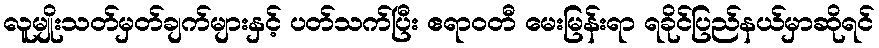
လူမျိုးသတ်မှတ်ချက်များနှင့် ပတ်သက်ပြီး ဧရာဝတီ မေးမြန်းရာ ရခိုင်ပြည်နယ်မှာဆိုရင်